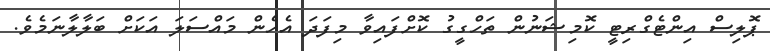
ޕޮލިސް އިންޓެގްރިޓީ ކޮމިޝަނުން ތަހްގީގު ކޮށްފައިވާ މިފަދަ އެހެން މައްސަލަ އަކަށް ބަލާލާނަމެވެ.